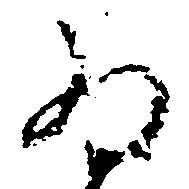
為